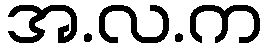
အ.လ.က